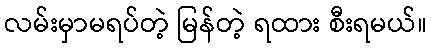
လမ်းမှာမရပ်တဲ့ မြန်တဲ့ ရထား စီးရမယ်။